Report of the Municipal Commissioner on the plague in Bombay for the year ending 31st May... - Volume 2
Disease focus: Plague
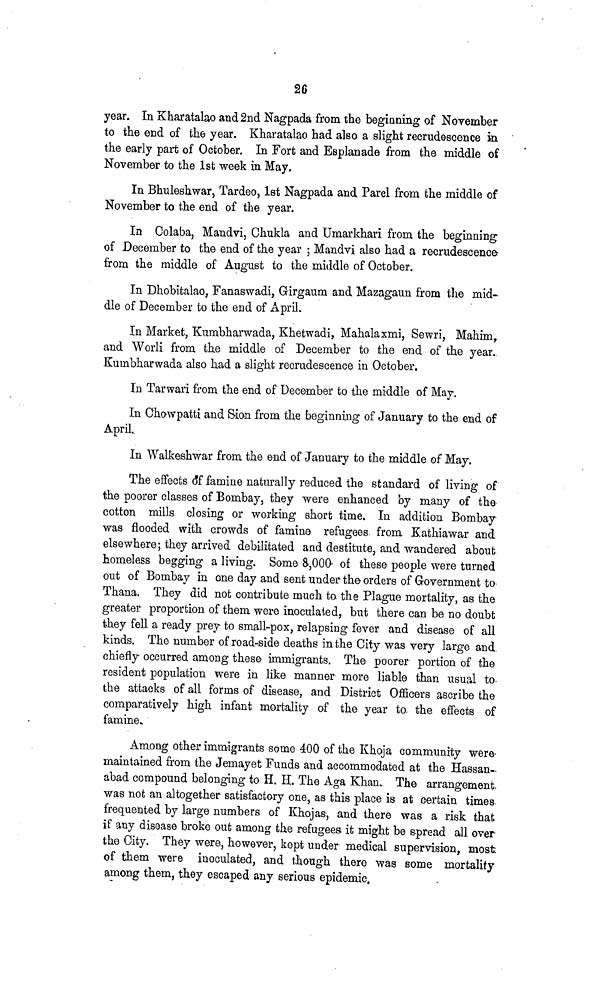
26
year. In Kharatalao and 2nd Nagpada from the beginning of November
to the end of the year. Kharatalao had also a slight recrudescence in
the early part of October. In Fort and Esplanade from the middle of
November to the 1st week in May.
In Bhuleshwar, Tardeo, 1st Nagpada and Parel from the middle of
November to the end of the year.
In Colaba, Mandvi, Chukla and Umarkhari from the beginning
of December to the end of the year ; Mandvi also had a recrudescence-
from the middle of August to the middle of October.
In Dhobitalao, Fanaswadi, Girgaum and Mazagaun from the mid-
dle of December to the end of April.
In Market, Kumbharwada, Khetwadi, Mahalaxmi, Sewri, Mahim,
and Worli from the middle of December to the end of the year.
Kumbharwada also had a slight recrudescence in October.
In Tarwari from the end of December to the middle of May.
In C'howpatti and Sion from the beginning of January to the end of
April.
In Walkeshwar from the end of January to the middle of May.
The effects of famine naturally reduced the standard of living of
the poorer classes of Bombay, they were enhanced by many of the
cotton mills closing or working short time. In addition Bombay
was flooded with crowds of famine refugees from Kathiawar and
elsewhere; they arrived debilitated and destitute, and wandered about
homeless begging a living. Some 8,000 of these people were turned
out of Bombay in one day and sent under the orders of Government to
Thana. They did not contribute much to the Plague mortality, as the
greater proportion of them were inoculated, but there can be no doubt
they fell a ready prey to small-pox, relapsing fever and disease of all
kinds. The number of road-side deaths in the City was very large and
chiefly occurred among these immigrants. The poorer portion of the
resident population were in like manner more liable than usual to
the attacks of all forms of disease, and District Officers ascribe the
comparatively high infant mortality of the year to. the effects of
famine.
Among other immigrants some 400 of the Khoja community were
maintained from the Jemayet Funds and accommodated at the Hassan-
abad compound belonging to H. H. The Aga Khan. The arrangement,
was not an altogether satisfactory one, as this place is at certain times
frequented by large numbers of Khojas, and there was a risk that
if any disease broke out among the refugees it might be spread all over
the City. They were, however, kept under medical supervision, most
of them were inoculated, and though there was some mortality
among them, they escaped any serious epidemic.